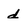
Character: d